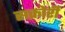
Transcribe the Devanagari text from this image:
सक्रोरी